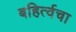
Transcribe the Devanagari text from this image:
बहिर्त्वचा